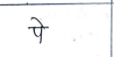
मजकूर: पे